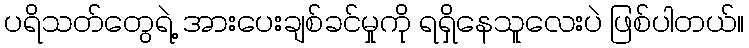
ပရိသတ်တွေရဲ့ အားပေးချစ်ခင်မှုကို ရရှိနေသူလေးပဲ ဖြစ်ပါတယ်။